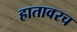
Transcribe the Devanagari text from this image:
हातावरच